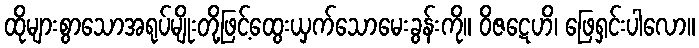
ထိုများစွာသောအရုပ်မျိုးတို့ဖြင့်ထွေးယှက်သောမေးခွန်းကို။ ဝိဇဋေဟိ၊ ဖြေရှင်းပါလော။